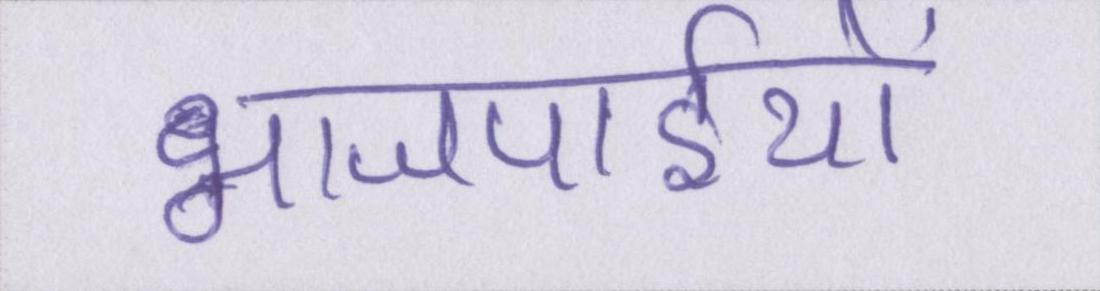
भाजपाईयों